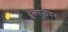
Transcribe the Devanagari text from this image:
दुकानावर